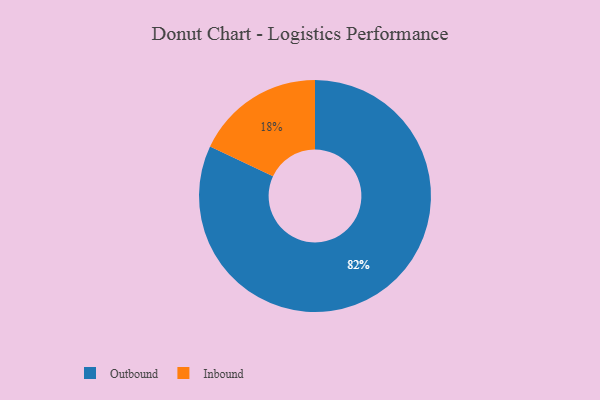
{"axis": {"x": "Category", "y": "Percentage"}, "legend": ["Inbound", "Outbound"], "data": [{"x": "Inbound", "y": 18, "type": "Inbound"}, {"x": "Outbound", "y": 82, "type": "Outbound"}]}